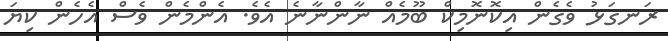
ރަނގަޅު ވެގެން އިކޮނޮމިކް ބޫމެއް ނާންނާނެ އެވެ. އެންމެން ވެސް އެހެން ކިޔަ